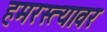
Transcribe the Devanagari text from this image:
हमरस्त्यावर